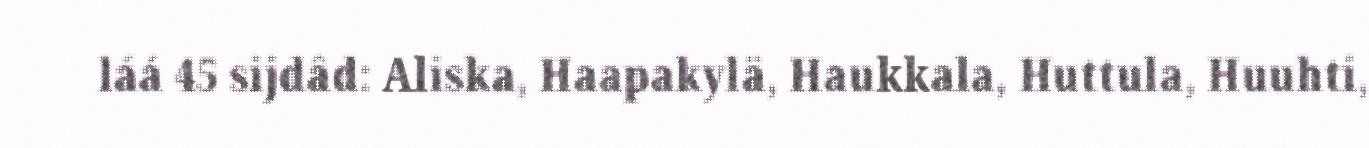
láá 45 sijdâd: Aliska, Haapakylä, Haukkala, Huttula, Huuhti,